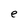
Character: e